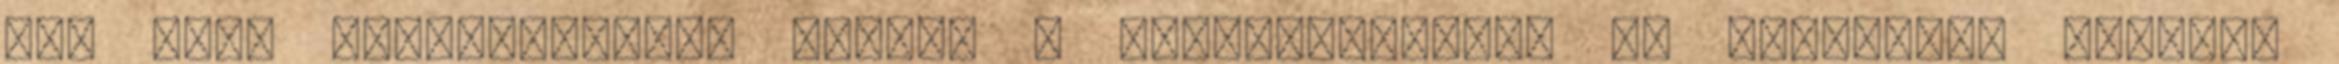
Itt kell szerepeltetni azokat a ráfordításokat is készletek hiánya,